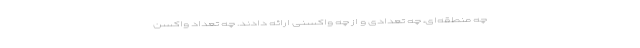
چه منطقه‌ای، چه تعدادی و از چه واکسنی ارائه دادند. چه تعداد واکسن